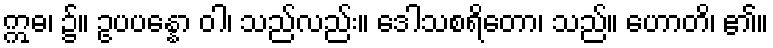
ဣဓ၊ ၌။ ဥပပန္နော ဝါ၊ သည်လည်း။ ဒေါသစရိတော၊ သည်။ ဟောတိ၊ ၏။